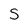
Character: S